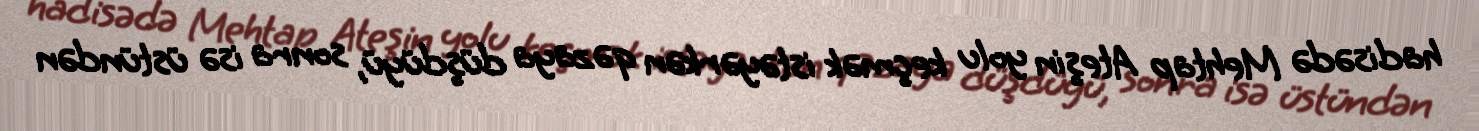
hadisədə Mehtap Ateşin yolu keçmək istəyərkən qəzaya düşdüyü, sonra isə üstündən